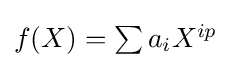
\textstyle f(X)=\sum a_{i}X^{ip}